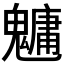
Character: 𩴔